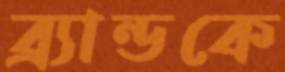
ব্র্যান্ডকে